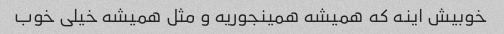
خوبیش اینه که همیشه همینجوریه و مثل همیشه خیلی خوب